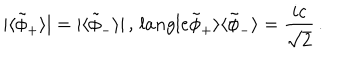
| \langle \tilde { \phi } _ { + } \rangle | = | \langle \tilde { \phi } _ { - } \rangle | \, , \, l a n g l e \tilde { \phi } _ { + } \rangle \langle \tilde { \phi } _ { - } \rangle = { \frac { i c } { \sqrt 2 } } \, .